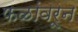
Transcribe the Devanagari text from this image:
फळांवरून